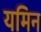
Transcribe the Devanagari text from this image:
यमिन